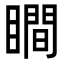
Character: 瞷